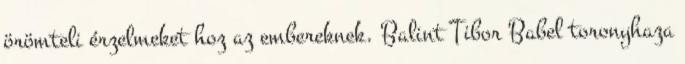
örömteli érzelmeket hoz az embereknek. Balint Tibor Babel toronyhaza